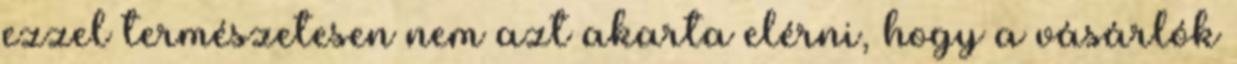
ezzel természetesen nem azt akarta elérni, hogy a vásárlók